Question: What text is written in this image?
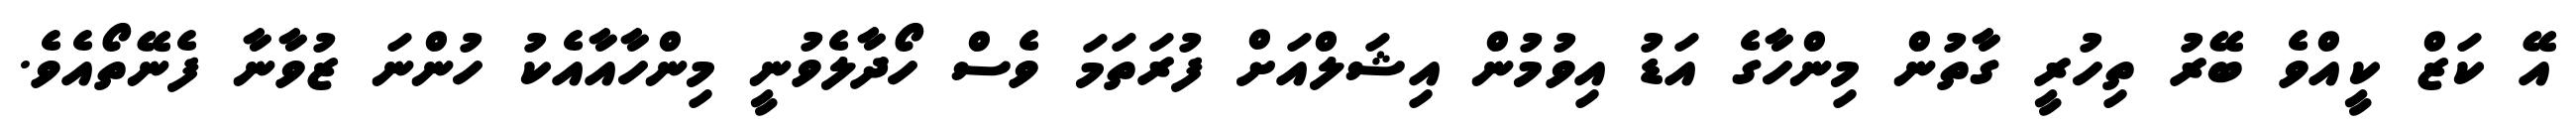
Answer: އޭ ކަޒް ކީއްވެ ބޭރު ތިހުރީ ގާތުން މިންހާގެ އަޑު އިވުމުން އިޝަލްއަށް ފުރަތަމަ ވެސް ހޯދާލެވުނީ މިންހާއާއެކު ހުންނަ ޒުވާނާ ފެނޭތޯއެވެ.